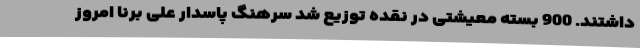
داشتند. 900 بسته معیشتی در نقده توزیع شد سرهنگ پاسدار علی برنا امروز